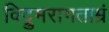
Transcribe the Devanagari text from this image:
विद्रुमरागताम्रं